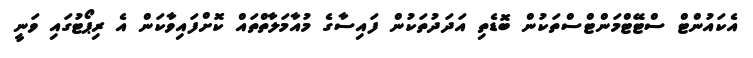
އެކައުންޓް ސްޓޭޓްމަންޓްސްތަކުން ބޮޑެތި އަދަދުތަކުން ފައިސާގެ މުއާމަލާތްތައް ކޮށްފައިވާކަން އެ ރިޕޯޓުގައި ވަނީ